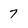
Character: 7